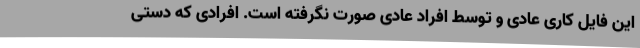
این فایل کاری عادی و توسط افراد عادی صورت نگرفته است. افرادی که دستی